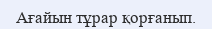
Ағайын тұрар қорғанып.